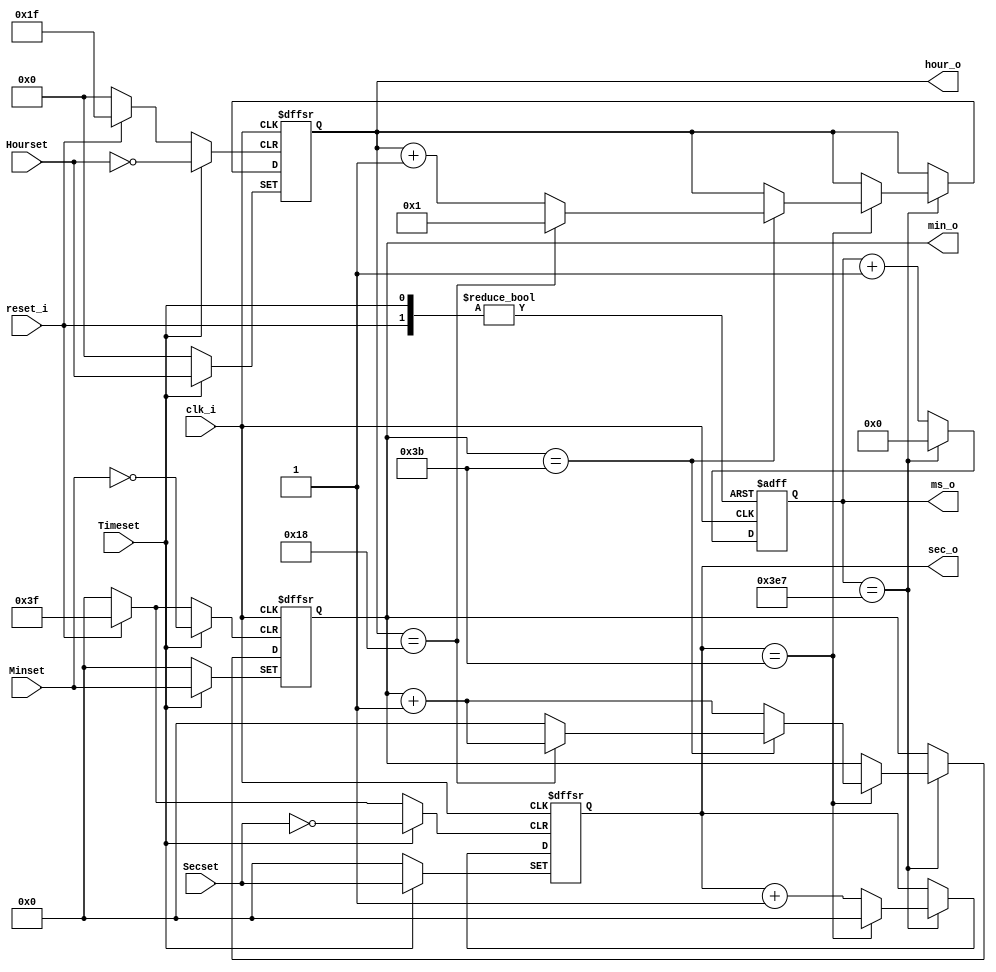
`timescale 1ns / 1ps
//////////////////////////////////////////////////////////////////////////////////
// Company: 
// Engineer: 
// 
// Design Name: 
// Module Name: digital_clk_24hr_ms
// Project Name: 
// Target Devices: 
// Tool Versions: 
// Description: 
// 
// Dependencies: 
// 
// Revision:
// Revision 0.01 - File Created
// Additional Comments:
// 
//////////////////////////////////////////////////////////////////////////////////


module digital_clk_24hr_ms(
    input clk_i, reset_i, Timeset,
    input [4:0] Hourset,
    input [5:0] Minset,
    input [5:0] Secset,
    output reg [9:0] ms_o,
    output reg [5:0] sec_o,
    output reg [5:0] min_o,
    output reg [4:0] hour_o
    );
    
    always @ (posedge clk_i or posedge Timeset or posedge reset_i)
    begin 
        if(Timeset == 1)
            begin
                hour_o <= Hourset;
                min_o <= Minset;
                sec_o <= Secset;
                ms_o <= 0;
            end
        else if (reset_i == 1'b1)
            begin 
                hour_o <= 0;
                min_o <= 0;
                sec_o <= 0;
                ms_o <= 0;
            end
       else if (clk_i == 1)
         begin
         
         ms_o <= ms_o + 1;
         if (ms_o == 999) begin
             ms_o <= 0;
             sec_o <= sec_o + 1;
             if (sec_o == 59)
                begin 
                    min_o <= min_o + 1;
                    sec_o <= 0;
                    if (min_o == 59)
                        begin 
                        hour_o <= hour_o + 1;
                            if(hour_o == 24)begin 
                                    hour_o <= 1;
                                    //min_o <= 0;
                                    end
                                    else begin 
                              //hour_o <= hour_o + 1;
                              min_o <= 0;
                              end
                            end
                   end
             end
        end
     end
endmodule